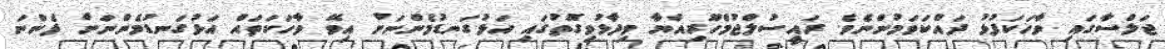
ޖަލްސާގައި ވާހަކަފުޅު ދައްކަވަމުންނެވެ. ރައީސުލްޖުމްހޫރިއްޔާ ވިދާޅުވިގޮތުގައި އަޅުގަނޑުމެންނަށް އިވޭ ވާހަކަތައް އަޅުގަނޑުމެންނަށް ފެންނަ